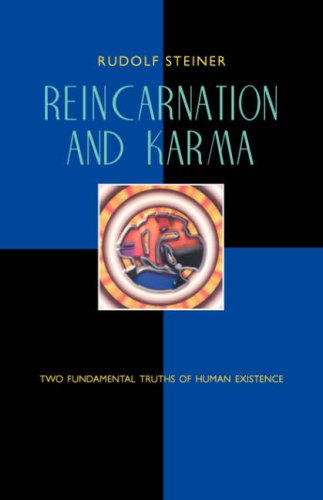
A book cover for Reincarnation and Karma: Two Fundamental Truths of Existence; Rudolf Steiner; Religion & Spirituality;